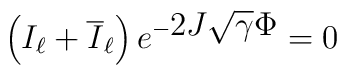
\left (I_\ell+ \overline I_\ell\right )e^{-\displaystyle 2J \sqrt{\gamma} \Phi}=0